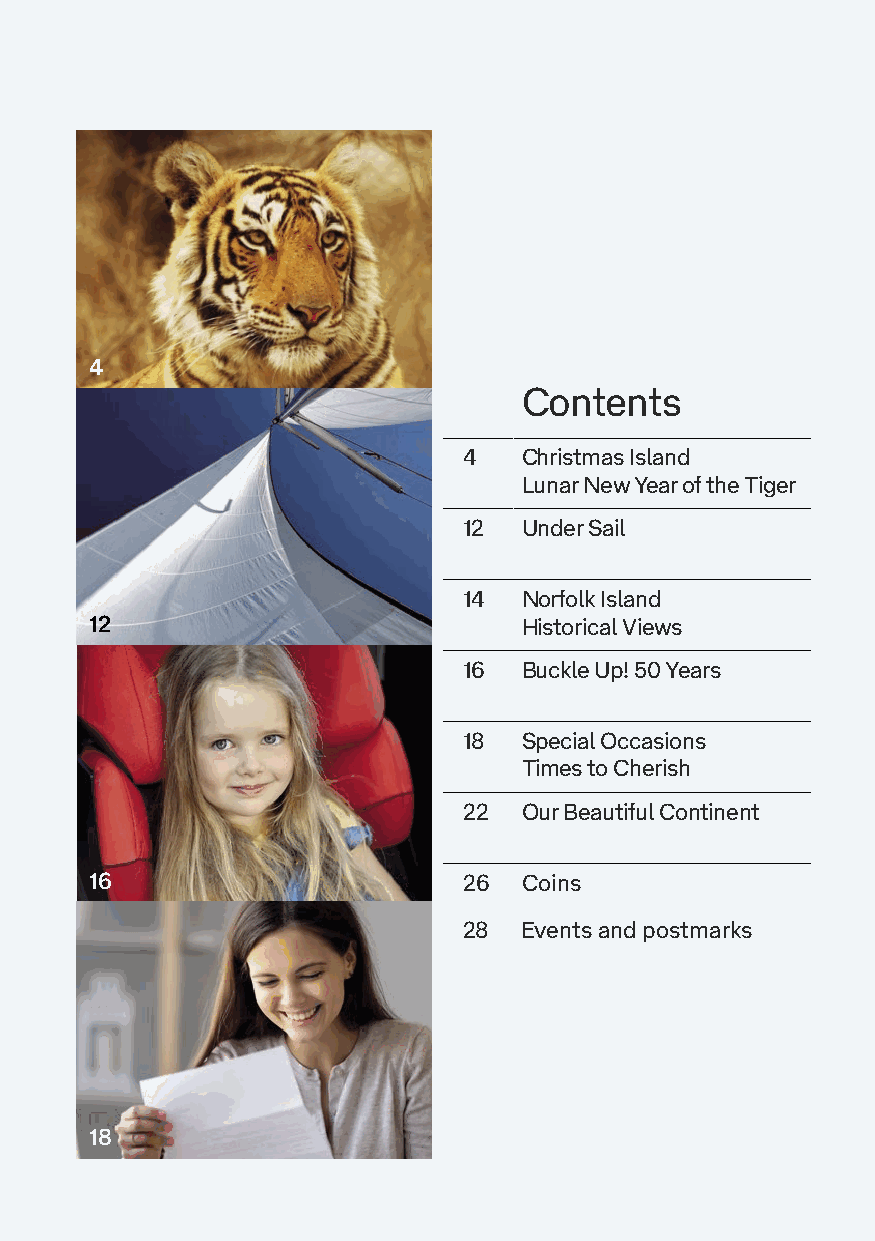
4
 CCoonntteennttss
 44 CChhrriissttmmaass IIssllaanndd
 LLuunnaarr NNeeww YYeeaarr ooff tthhee TTiiggeerr
 1122 UUnnddeerr SSaaiill
 1144 NNoorrffoollkk IIssllaanndd
 12                          HHiissttoorriiccaall VViieewwss
 1166 BBuucckkllee UUpp!! 5500 YYeeaarrss
 1188 SSppeecciiaall OOccccaassiioonnss
 TTiimmeess ttoo CChheerriisshh
 2222 OOuurr BBeeaauuttiiffuull CCoonnttiinneenntt
 16                       2266 CCooiinnss
 2288 EEvveennttss aanndd ppoossttmmaarrkkss
 18